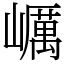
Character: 巁